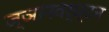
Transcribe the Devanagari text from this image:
ज्ञानवर्ध्दन